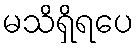
မသိရှိရပေ